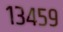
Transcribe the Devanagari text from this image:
१३४५९